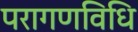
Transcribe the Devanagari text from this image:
परागणविधि